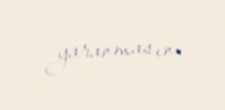
yaranmasın.